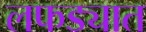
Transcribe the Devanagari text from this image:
लफड्यात